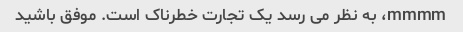
mmmm، به نظر می رسد یک تجارت خطرناک است. موفق باشید